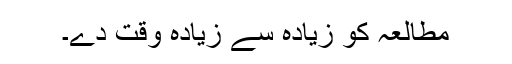
مطالعہ کو زیادہ سے زیادہ وقت دے۔